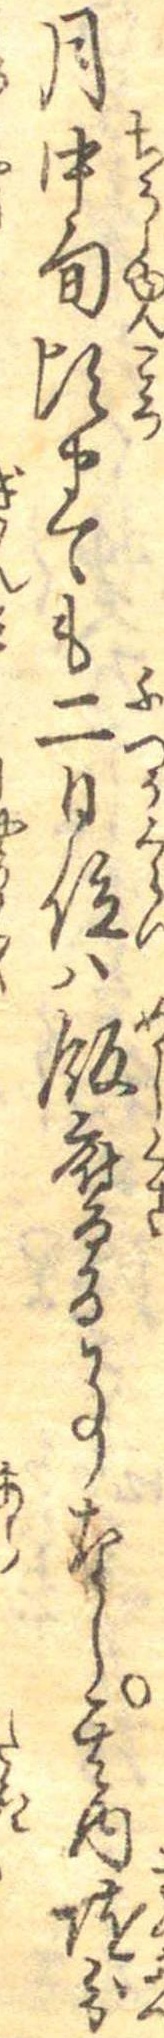
月中旬頃まても二日位は飯腐る事なし其内随分